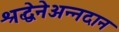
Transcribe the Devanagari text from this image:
श्रद्धेनेअन्नदान